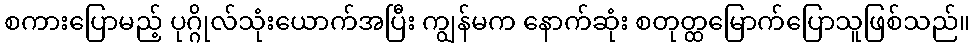
စကားပြောမည့် ပုဂ္ဂိုလ်သုံးယောက်အပြီး ကျွန်မက နောက်ဆုံး စတုတ္ထမြောက်ပြောသူဖြစ်သည်။